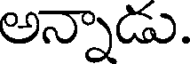
అన్నాడు.